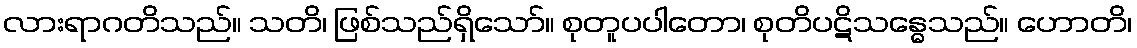
လားရာဂတိသည်။ သတိ၊ ဖြစ်သည်ရှိသော်။ စုတူပပါတော၊ စုတိပဋိသန္ဓေသည်။ ဟောတိ၊